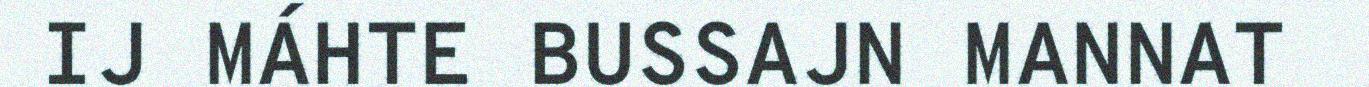
IJ MÁHTE BUSSAJN MANNAT